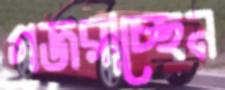
গজরাচ্ছেন